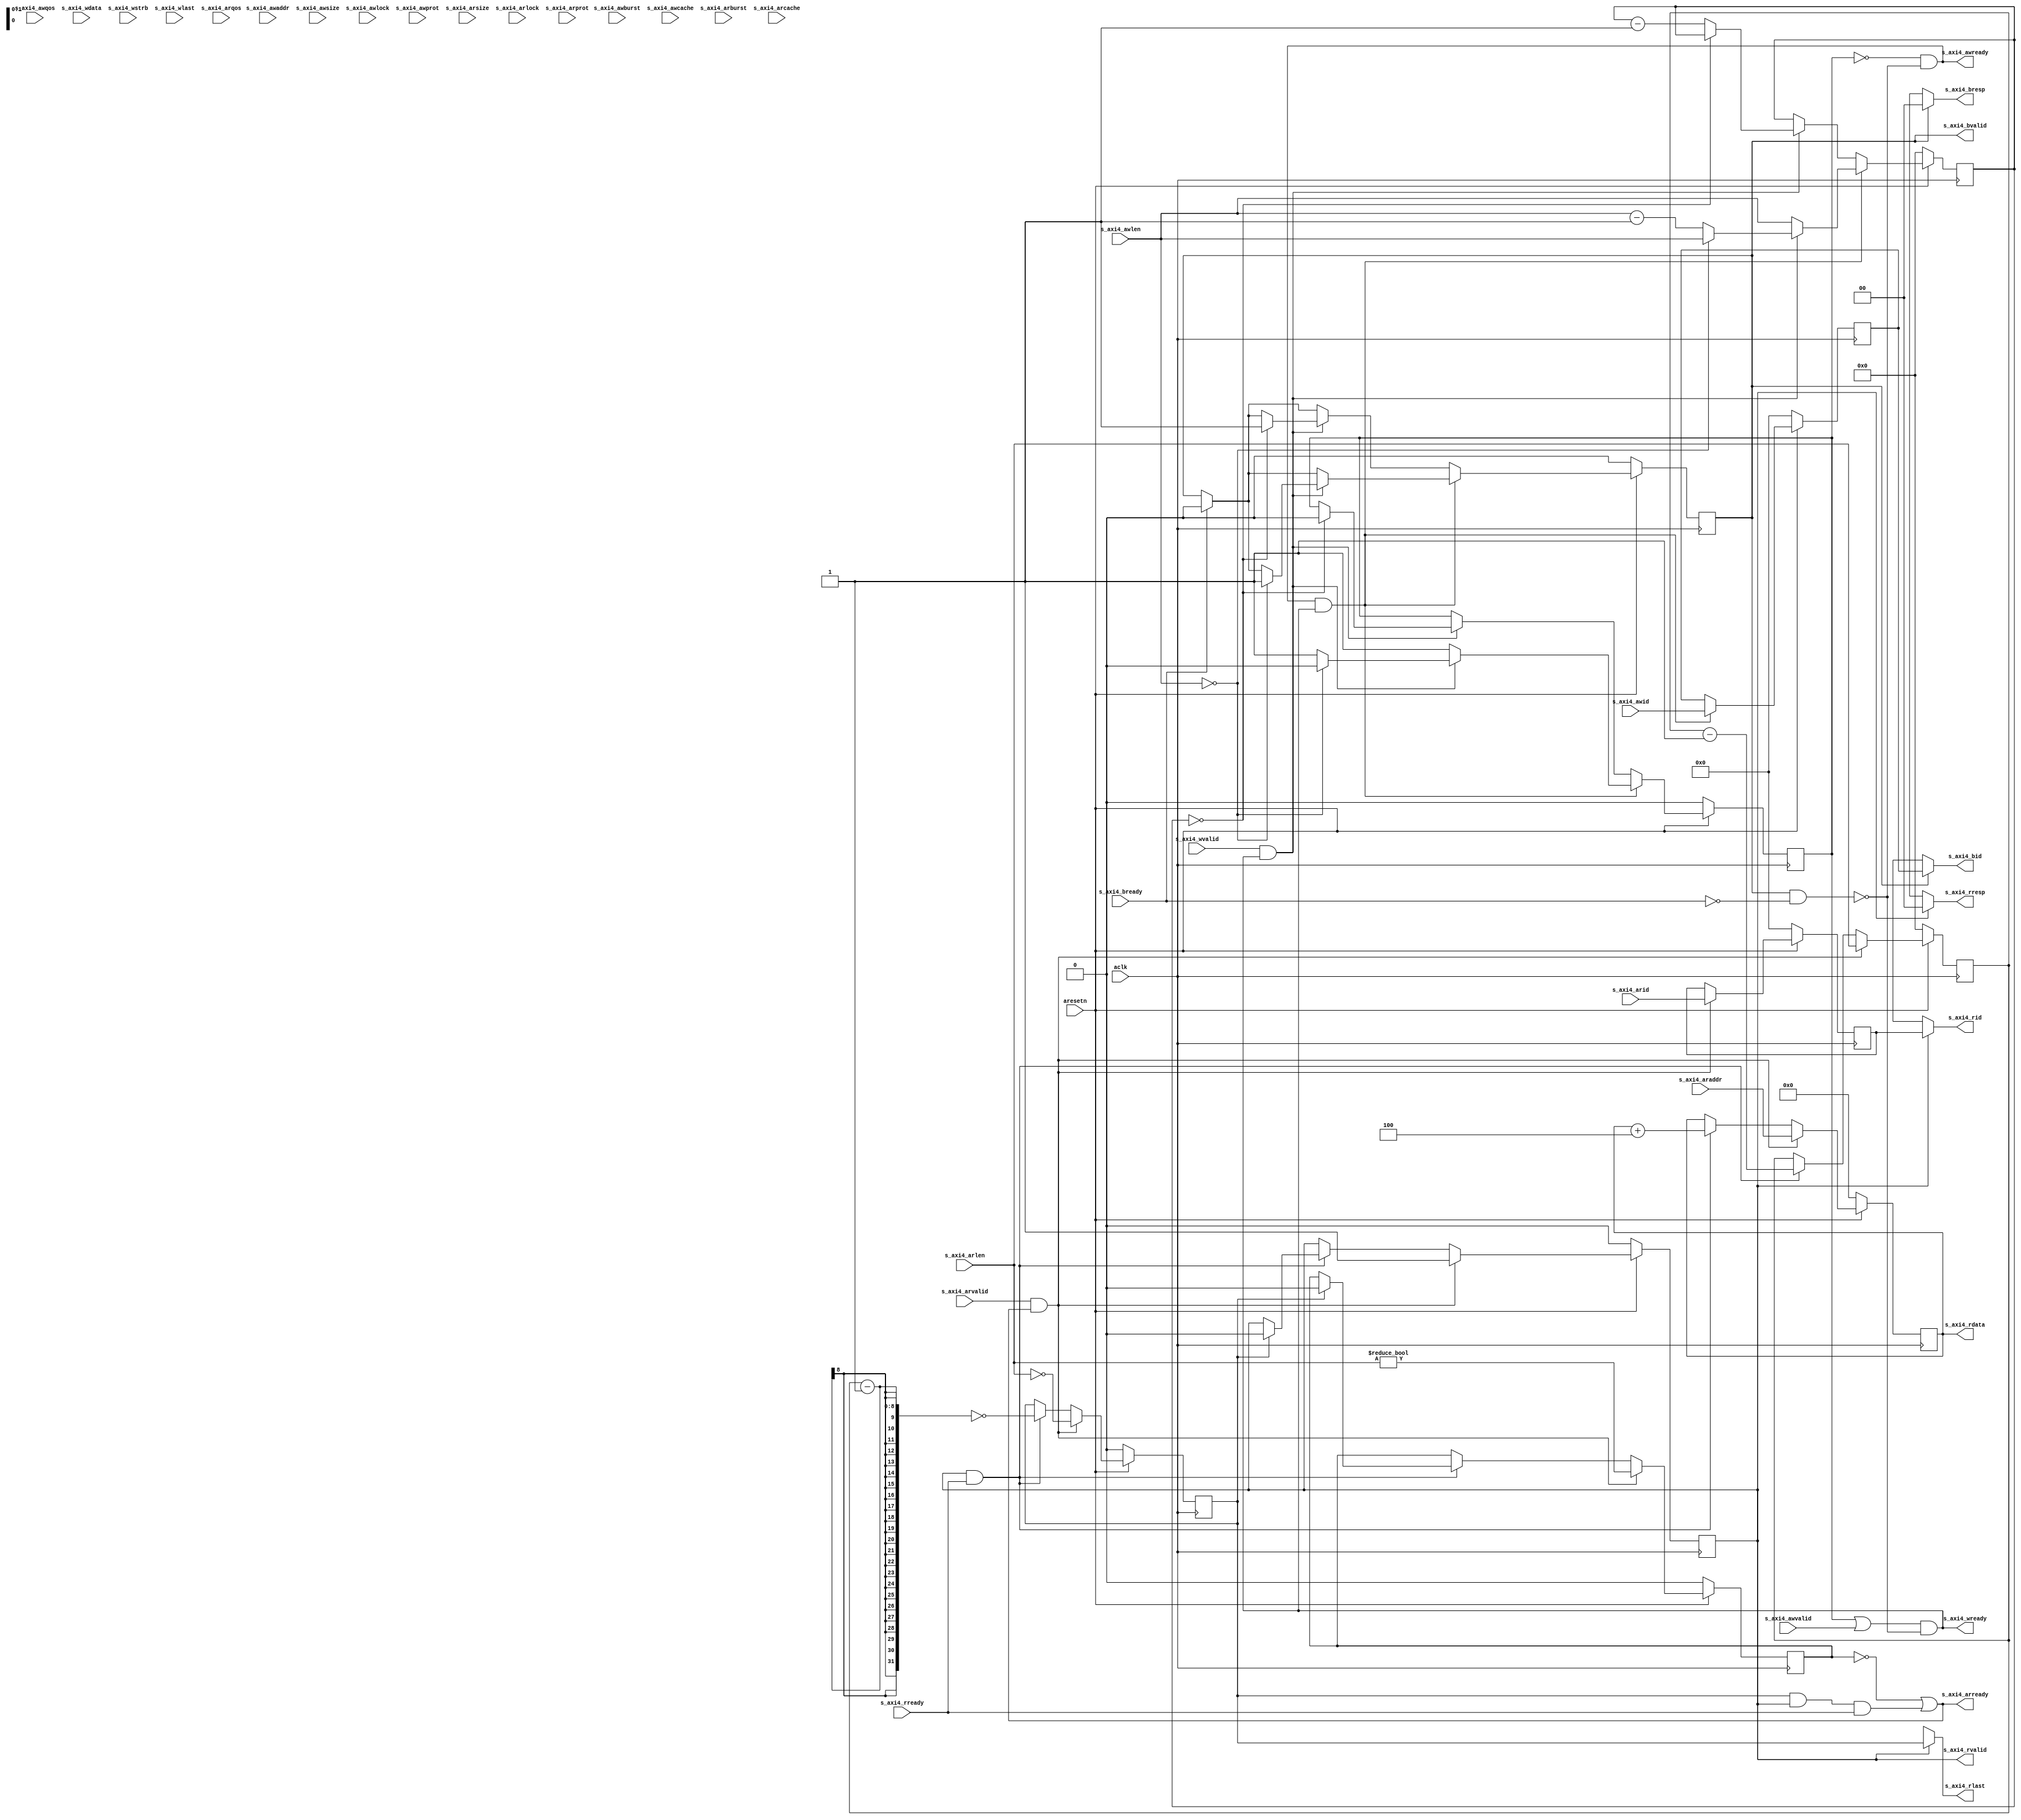



`timescale 1ns / 1ps
`default_nettype none


module model_axi4_slave
		#(
			parameter	AXI_ID_WIDTH          = 4,
			parameter	AXI_ADDR_WIDTH        = 32,
			parameter	AXI_QOS_WIDTH         = 4,
			parameter	AXI_LEN_WIDTH         = 8,
			parameter	AXI_DATA_SIZE         = 2,		// 0:8bit, 1:16bit, 2:32bit, 4:64bit...
			parameter	AXI_DATA_WIDTH        = (8 << AXI_DATA_SIZE),
			parameter	AXI_STRB_WIDTH        = (1 << AXI_DATA_SIZE),
			parameter	MEM_SIZE              = 4096
		)
		(
			input	wire							aresetn,
			input	wire							aclk,
			
			input	wire	[AXI_ID_WIDTH-1:0]		s_axi4_awid,
			input	wire	[AXI_ADDR_WIDTH-1:0]	s_axi4_awaddr,
			input	wire	[AXI_LEN_WIDTH-1:0]		s_axi4_awlen,
			input	wire	[2:0]					s_axi4_awsize,
			input	wire	[1:0]					s_axi4_awburst,
			input	wire	[0:0]					s_axi4_awlock,
			input	wire	[3:0]					s_axi4_awcache,
			input	wire	[2:0]					s_axi4_awprot,
			input	wire	[AXI_QOS_WIDTH-1:0]		s_axi4_awqos,
			input	wire							s_axi4_awvalid,
			output	wire							s_axi4_awready,
			
			input	wire	[AXI_DATA_WIDTH-1:0]	s_axi4_wdata,
			input	wire	[AXI_STRB_WIDTH-1:0]	s_axi4_wstrb,
			input	wire							s_axi4_wlast,
			input	wire							s_axi4_wvalid,
			output	wire							s_axi4_wready,
			
			output	wire	[AXI_ID_WIDTH-1:0]		s_axi4_bid,
			output	wire	[1:0]					s_axi4_bresp,
			output	wire							s_axi4_bvalid,
			input	wire							s_axi4_bready,
			
			input	wire	[AXI_ID_WIDTH-1:0]		s_axi4_arid,
			input	wire	[AXI_ADDR_WIDTH-1:0]	s_axi4_araddr,
			input	wire	[AXI_LEN_WIDTH-1:0]		s_axi4_arlen,
			input	wire	[2:0]					s_axi4_arsize,
			input	wire	[1:0]					s_axi4_arburst,
			input	wire	[0:0]					s_axi4_arlock,
			input	wire	[3:0]					s_axi4_arcache,
			input	wire	[2:0]					s_axi4_arprot,
			input	wire	[AXI_QOS_WIDTH-1:0]		s_axi4_arqos,
			input	wire		 					s_axi4_arvalid,
			output	wire		 					s_axi4_arready,
			
			output	wire	[AXI_ID_WIDTH-1:0]		s_axi4_rid,
			output	wire	[AXI_DATA_WIDTH-1:0]	s_axi4_rdata,
			output	wire	[1:0]					s_axi4_rresp,
			output	wire							s_axi4_rlast,
			output	wire							s_axi4_rvalid,
			input	wire							s_axi4_rready
		);
	
	// memory
	reg		[AXI_DATA_WIDTH-1:0]	mem		[MEM_SIZE-1:0];
	
	// write
	reg								reg_awbusy;
	reg		[AXI_ID_WIDTH-1:0]		reg_awid;
	reg		[AXI_ADDR_WIDTH-1:0]	reg_awaddr;
	reg		[AXI_LEN_WIDTH-1:0]		reg_awlen;
	reg								reg_bvalid;
	
	always @( posedge aclk ) begin
		if ( !aresetn ) begin
			reg_awbusy <= 1'b0;
			reg_awid   <= 0;
			reg_awaddr <= 0;
			reg_awlen  <= 0;
			reg_bvalid <= 1'b0;
		end
		else begin
			if ( s_axi4_bready ) begin
				reg_bvalid <= 1'b0;
			end
			
			if ( s_axi4_awready && s_axi4_wready ) begin
				reg_awbusy <= 1'b1;
				reg_awid   <= s_axi4_awid;
				reg_awaddr <= s_axi4_awaddr;
				reg_awlen  <= s_axi4_awlen;
				if ( s_axi4_wvalid && s_axi4_wready ) begin
					if ( s_axi4_awlen == 0 ) begin
						reg_bvalid <= 1'b1;
						reg_awbusy <= 1'b0;
					end
					else begin
						reg_awlen  <= s_axi4_awlen - 1;
						reg_awaddr <= s_axi4_awaddr + (1 << AXI_DATA_SIZE);
					end
				end
			end
			else if ( s_axi4_wvalid && s_axi4_wready ) begin
				if ( reg_awlen == 0 ) begin
					reg_bvalid <= 1'b1;
					reg_awbusy <= 1'b0;
				end
				else begin
					reg_awlen  <= reg_awlen - 1;
					reg_awaddr <= reg_awaddr + (1 << AXI_DATA_SIZE);
				end
			end
		end
	end
	
	// memory write
	wire	[AXI_ADDR_WIDTH-1:0]	sig_awaddr = reg_awbusy ? reg_awaddr : s_axi4_awaddr;
	integer							i;
	always @( posedge aclk ) begin
		if ( aresetn && s_axi4_wvalid && s_axi4_wready ) begin
			if ( (sig_awaddr >> AXI_DATA_SIZE) < MEM_SIZE ) begin
				for ( i = 0; i < AXI_STRB_WIDTH; i = i + 1 ) begin
					if ( s_axi4_wstrb[i] ) begin
						mem[sig_awaddr >> AXI_DATA_SIZE][i*8 +: 8] <= s_axi4_wdata[i*8 +: 8];
					end
				end
			end
		end
	end
	
	// write assign
	assign s_axi4_awready = !reg_awbusy && !(s_axi4_bvalid && !s_axi4_bready);
	assign s_axi4_wready  = (reg_awbusy || s_axi4_awvalid) && !(s_axi4_bvalid && !s_axi4_bready);
	
	assign s_axi4_bid     = s_axi4_bvalid ? reg_awid : {AXI_ID_WIDTH{1'bx}};
	assign s_axi4_bresp   = s_axi4_bvalid ? 2'b00 : 2'bxx;
	assign s_axi4_bvalid  = reg_bvalid;
	
	
	
	// read
	reg								reg_arbusy;
	reg		[AXI_ID_WIDTH-1:0]		reg_arid;
	reg		[AXI_ADDR_WIDTH-1:0]	reg_araddr;
	reg		[AXI_LEN_WIDTH-1:0]		reg_arlen;
	reg								reg_rlast;
	reg		[AXI_DATA_WIDTH-1:0]	reg_rdata;
	reg								reg_rvalid;
	
	always @( posedge aclk ) begin
		if ( !aresetn ) begin
			reg_arbusy <= 0;
			reg_arid   <= 0; 
			reg_araddr <= 0;
			reg_arlen  <= 0;
			reg_rlast  <= 0;
			reg_rdata  <= 0;
			reg_rvalid <= 0;
		end
		else begin
			if ( s_axi4_rvalid & s_axi4_rready ) begin
				reg_araddr <= reg_araddr + (1 << AXI_DATA_SIZE);
				reg_arlen  <= reg_arlen - 1'b1;
				reg_rlast  <= ((reg_arlen - 1'b1) == 0);
				if ( reg_rlast ) begin
					reg_arbusy <= 1'b0;
					reg_rvalid <= 1'b0;
				end
			end
			
			if ( s_axi4_arvalid & s_axi4_arready ) begin
				reg_arbusy <= (s_axi4_arlen != 0);
				reg_arid   <= s_axi4_arid;
				reg_araddr <= s_axi4_araddr;
				reg_arlen  <= s_axi4_arlen;
				
				reg_rlast  <= (s_axi4_arlen == 0);
				reg_rvalid <= 1'b1;
			end
		end
	end
	
	
	assign s_axi4_arready = !reg_arbusy || (reg_rlast && s_axi4_rvalid && s_axi4_rready);
	
	assign s_axi4_rid     = s_axi4_rvalid ? reg_arid : {AXI_ID_WIDTH{1'bx}};
//	assign s_axi4_rdata   = (s_axi4_rvalid && ((reg_araddr >> AXI_DATA_SIZE) < MEM_SIZE)) ? mem[reg_araddr >> AXI_DATA_SIZE] : {AXI_DATA_WIDTH{1'bx}};
//	assign s_axi4_rdata   = mem[reg_araddr >> AXI_DATA_SIZE];
	assign s_axi4_rdata   = reg_araddr;
	assign s_axi4_rresp   = s_axi4_rvalid ? 2'b00 : 2'bxx;
	assign s_axi4_rlast   = s_axi4_rvalid ? reg_rlast : 1'bx;
	assign s_axi4_rvalid  = reg_rvalid;
	
endmodule


`default_nettype wire


// end of file